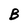
Character: B